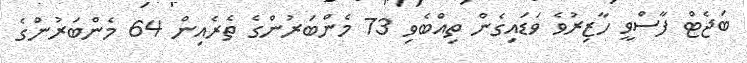
ބަޖެޓް ފާސްވީ ހާޒިރުވެ ވަޑައިގެން ތިއްބެވި 73 މެންބަރުންގެ ތެރެއިން 64 މެންބަރުންގެ